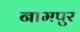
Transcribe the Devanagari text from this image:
नामपुर